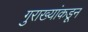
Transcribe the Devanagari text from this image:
गुराख्यांकडून